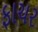
ફાચર